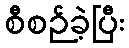
စီစဉ်ခဲ့ပြီး